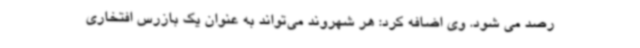
رصد می شود. وی اضافه کرد: هر شهروند می‌تواند به عنوان یک بازرس افتخاری